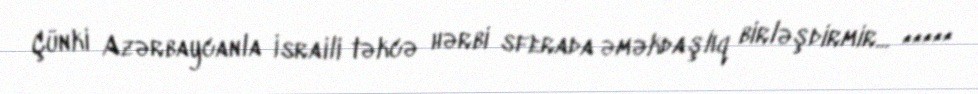
Çünki Azərbaycanla İsraili təkcə hərbi sferada əməkdaşlıq birləşdirmir... *****